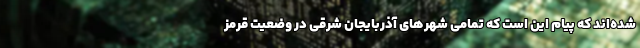
شده‌اند که پیام این است که تمامی شهرهای آذربایجان شرقی در وضعیت قرمز